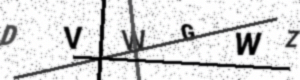
Text: DVWGWZ